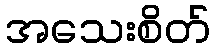
အသေးစိတ်